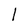
Character: l